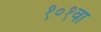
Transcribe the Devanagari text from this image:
१०१वा